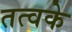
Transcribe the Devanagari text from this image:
तत्वके